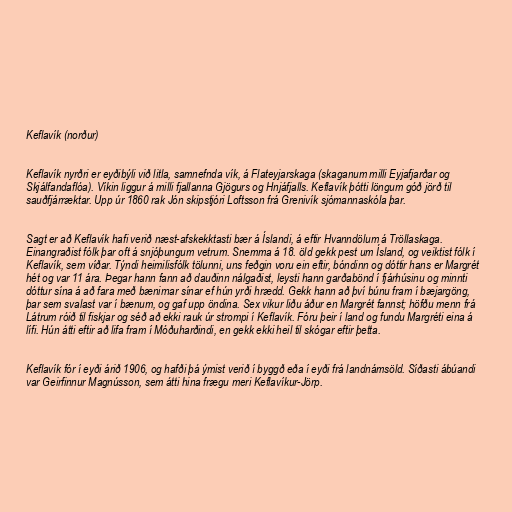
Keflavík (norður)

Keflavík nyrðri er eyðibýli við litla, samnefnda vík, á Flateyjarskaga (skaganum milli Eyjafjarðar og
Skjálfandaflóa). Víkin liggur á milli fjallanna Gjögurs og Hnjáfjalls. Keflavík þótti löngum góð jörð til
sauðfjárræktar. Upp úr 1860 rak Jón skipstjóri Loftsson frá Grenivík sjómannaskóla þar.

Sagt er að Keflavík hafi verið næst-afskekktasti bær á Íslandi, á eftir Hvanndölum á Tröllaskaga.
Einangraðist fólk þar oft á snjóþungum vetrum. Snemma á 18. öld gekk pest um Ísland, og veiktist fólk í
Keflavík, sem víðar. Týndi heimilisfólk tölunni, uns feðgin voru ein eftir, bóndinn og dóttir hans er Margrét
hét og var 11 ára. Þegar hann fann að dauðinn nálgaðist, leysti hann garðabönd í fjárhúsinu og minnti
dóttur sína á að fara með bænirnar sínar ef hún yrði hrædd. Gekk hann að því búnu fram í bæjargöng,
þar sem svalast var í bænum, og gaf upp öndina. Sex vikur liðu áður en Margrét fannst; höfðu menn frá
Látrum róið til fiskjar og séð að ekki rauk úr strompi í Keflavík. Fóru þeir í land og fundu Margréti eina á
lífi. Hún átti eftir að lifa fram í Móðuharðindi, en gekk ekki heil til skógar eftir þetta.

Keflavík fór í eyði árið 1906, og hafði þá ýmist verið í byggð eða í eyði frá landnámsöld. Síðasti ábúandi
var Geirfinnur Magnússon, sem átti hina frægu meri Keflavíkur-Jörp.